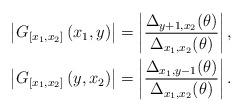
LaTeX: \begin{align*}\begin{aligned}&\left|G_{\left[x_{1}, x_{2}\right]}\left(x_{1}, y\right)\right|=\left|\frac{\Delta_{y+1, x_{2}}(\theta)}{\Delta_{x_{1}, x_{2}}(\theta)}\right|, \\&\left|G_{\left[x_{1}, x_{2}\right]}\left(y, x_{2}\right)\right|=\left|\frac{\Delta_{x_{1}, y-1}(\theta)}{\Delta_{x_{1}, x_{2}}(\theta)}\right|.\end{aligned}\end{align*}